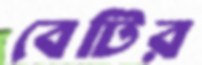
বেটির